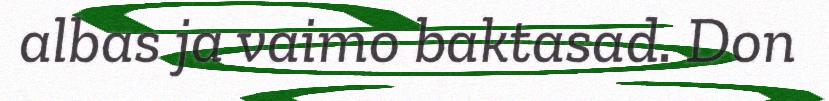
albas ja vaimo baktasad. Don